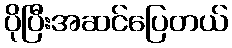
ပိုပြီးအဆင်ပြေတယ်